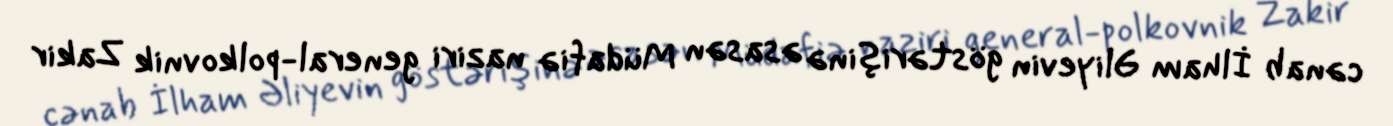
cənab İlham Əliyevin göstərişinə əsasən Müdafiə naziri general-polkovnik Zakir